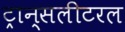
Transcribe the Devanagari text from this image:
ट्रान्सलीटरल